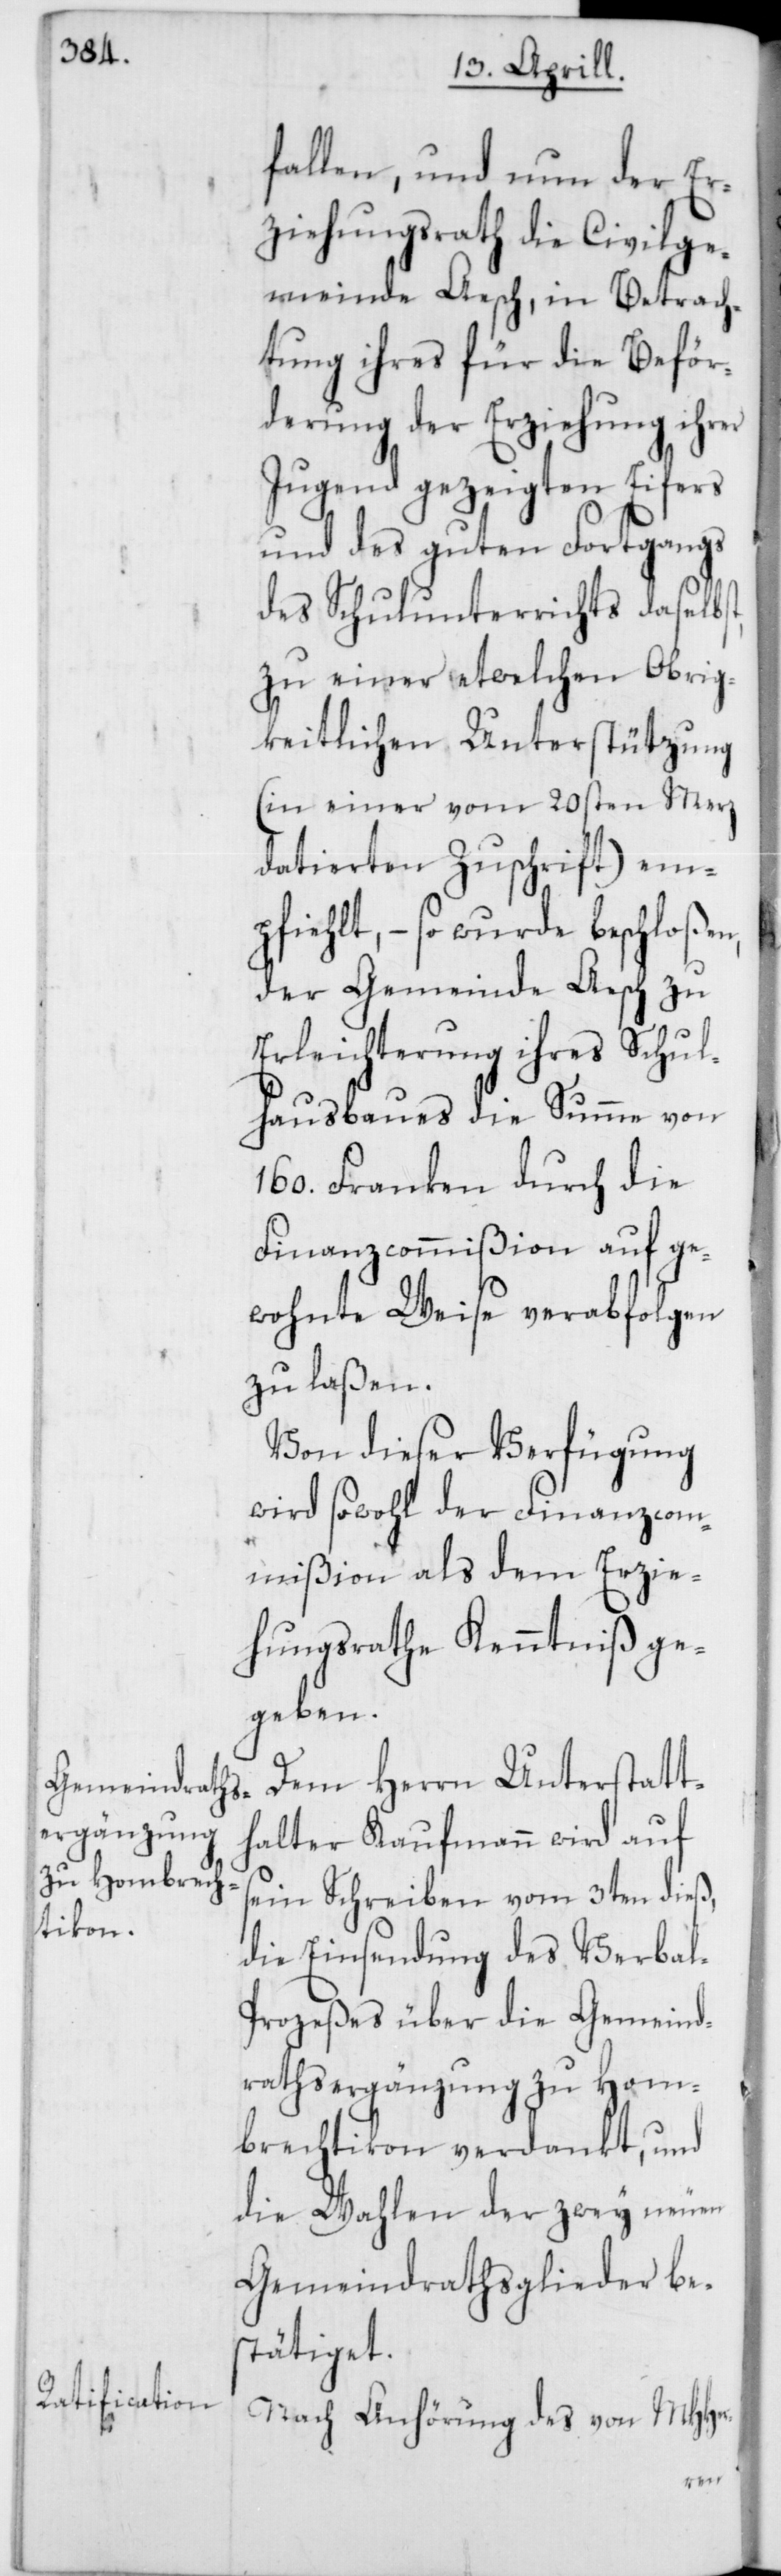
fallen, und nun der Er¬
ziehungsrath die Civilge¬
meinde Aesch, in Betrach¬
tung ihres für die Beför¬
derung der Erziehung ihrer
Jugend gezeigten Eifers
und des guten Fortgangs
des Schulunterrichts daselbst,
zu einer etwelchen Obrig¬
keitlichen Unterstützung
(in einer vom 20sten Merz
datierten Zuschrift) em¬
pfiehlt, – so wurde beschloßen,
der Gemeinde Aesch zu
Erleichterung ihres Schul¬
hausbaues die Summe von
160. Franken durch die
Finanzcommißion auf ge¬
wohnte Weise verabfolgen
zu laßen.
Von dieser Verfügung
wird sowohl der Finanzcom¬
mißion als dem Erzie¬
hungsrathe Kenntniß ge¬
geben.
Dem Herrn Unterstatt¬
halter Kaufmann wird auf
sein Schreiben vom 3ten dieß,
die Einsendung des Verba¬
l-Prozeßes über die Gemeind¬
rathsergänzung zu Hom¬
brechtikon verdankt, und
die Wahlen der zwey neuen
Gemeindrathsglieder be¬
stätiget.
Nach Anhörung des von MHHer-